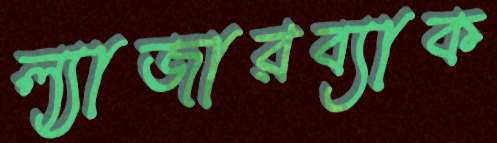
ল্যাজারব্যাক